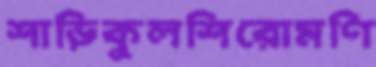
শাড়িকুলশিরোমণি